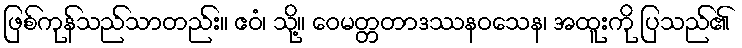
ဖြစ်ကုန်သည်သာတည်း။ ဧဝံ၊ သို့။ ဝေမတ္တတာဒဿနဝသေန၊ အထူးကို ပြသည်၏